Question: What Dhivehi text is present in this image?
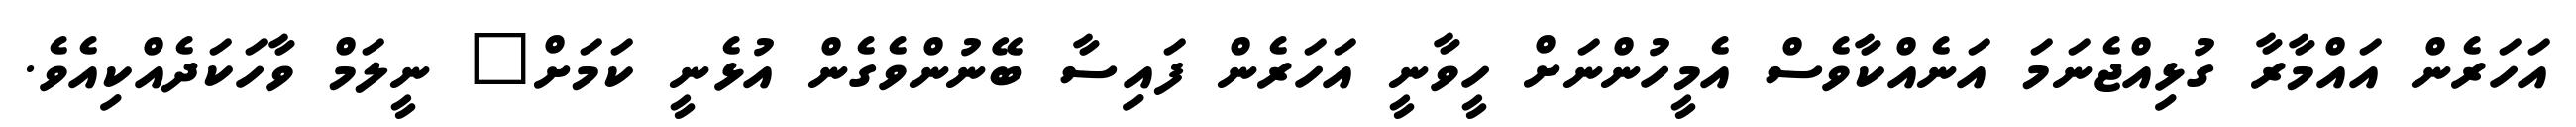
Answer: އަހަރެން އައްމާރާ ގުޅިއްޖެނަމަ އަނެއްކާވެސް އެމީހުންނަށް ހީވާނީ އަހަރެން ފައިސާ ބޭނުންވެގެން އުޅެނީ ކަމަށް" ނީލަމް ވާހަކަދެއްކިއެވެ.